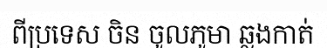
ពីប្រទេស ចិន ចូលភូមា ឆ្លងកាត់